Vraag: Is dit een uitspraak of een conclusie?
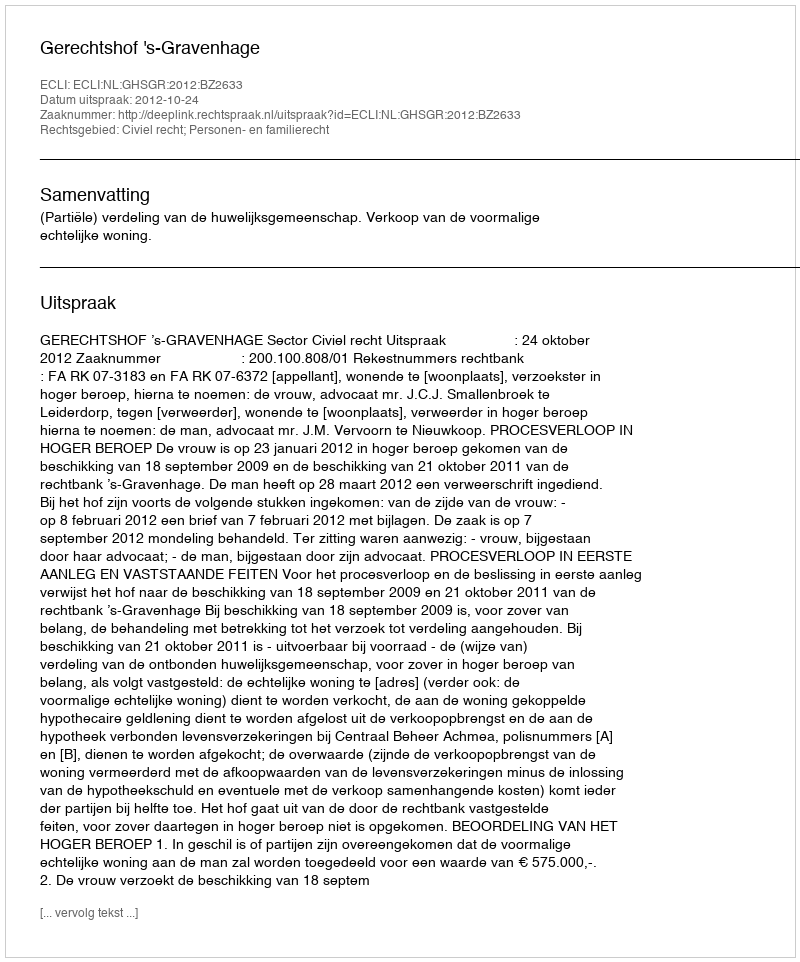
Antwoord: Uitspraak